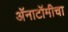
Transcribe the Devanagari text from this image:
अॅनाटॉमीचा